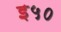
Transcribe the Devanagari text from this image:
इ५०